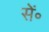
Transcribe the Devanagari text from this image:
सें॰